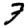
Digit: 7